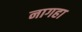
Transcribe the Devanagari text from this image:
नागहा